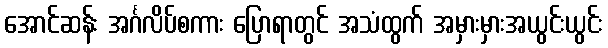
အောင်ဆန်း အင်္ဂလိပ်စကား ပြောရာတွင် အသံထွက် အမှားမှားအယွင်းယွင်း